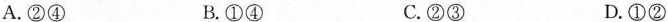
A.②④ B.①④ C.②③ D.①②